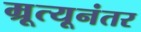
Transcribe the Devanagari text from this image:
म्रूत्यूनंतर